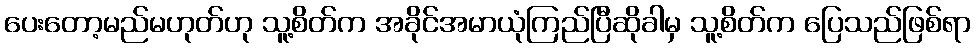
ပေးတော့မည်မဟုတ်ဟု သူ့စိတ်က အခိုင်အမာယုံကြည်ပြီဆိုခါမှ သူ့စိတ်က ပြေသည်ဖြစ်ရာ